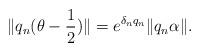
LaTeX: \begin{align*}\|q_n(\theta-\frac{1}{2})\|=e^{\delta_n q_n}\|q_n\alpha\|.\end{align*}